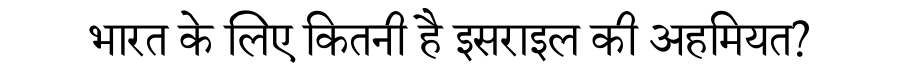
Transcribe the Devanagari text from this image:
भारत के लिए कितनी है इसराइल की अहमियत?